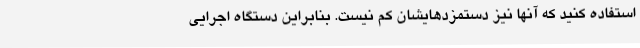
استفاده کنید که آنها نیز دستمزدهایشان کم نیست. بنابراین دستگاه اجرایی